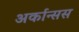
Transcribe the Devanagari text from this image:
अर्कान्सस